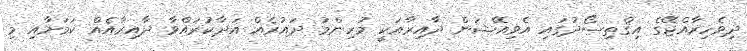
ދިވެހިރާއްޖޭގެ އިޤްތިސޯދުގައި އެވިއޭޝަން ދާއިރާއަކީ މުހިންމު ދައުރެއް އަދާކުރައްވާ ދާއިރާއެއް ކަމަށާއި މި